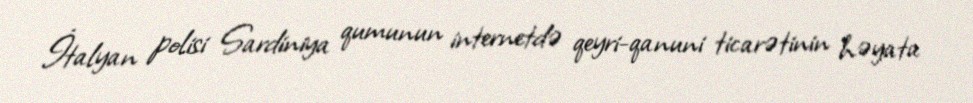
İtalyan polisi Sardiniya qumunun internetdə qeyri-qanuni ticarətinin həyata